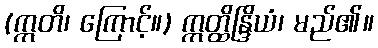
(ဣတိ၊ ကြောင့်။) ဣတ္ထိန္ဒြိယံ၊ မည်၏။